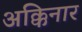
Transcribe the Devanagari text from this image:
अक्किनार